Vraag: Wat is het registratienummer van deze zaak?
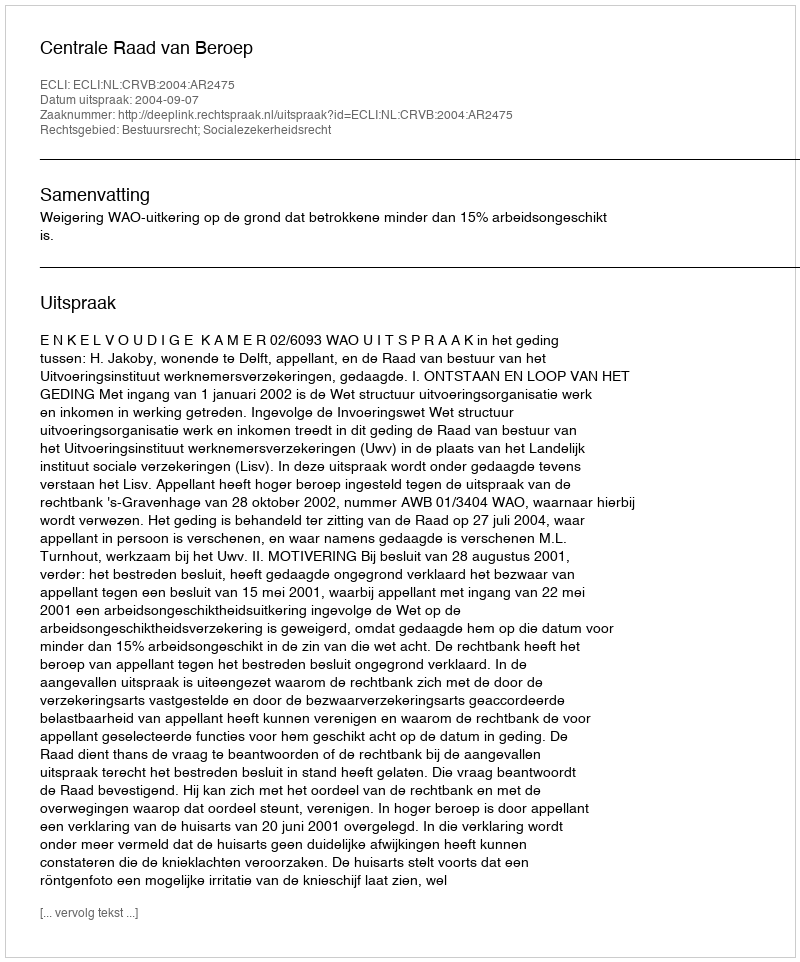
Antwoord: http://deeplink.rechtspraak.nl/uitspraak?id=ECLI:NL:CRVB:2004:AR2475